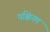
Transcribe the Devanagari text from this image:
पश्चिनम